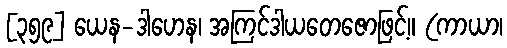
[၃၅၉] ယေန-ဒါဟေန၊ အကြင်ဒါယတေဇောဖြင့်။ (ကာယာ၊